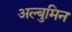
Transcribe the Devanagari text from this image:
अल्बुमिन